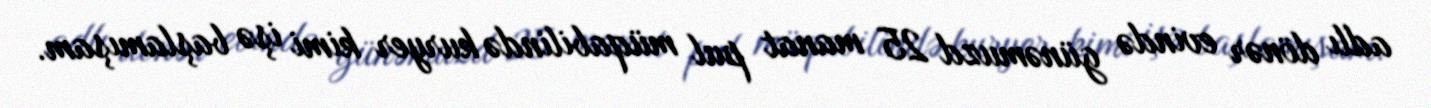
adlı dönər evində günəmuzd 25 manat pul müqabilində kuryer kimi işə başlamışam.